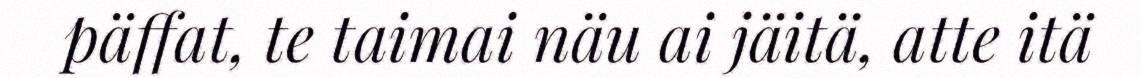
päffat, te taimai näu ai jäitä, atte itä